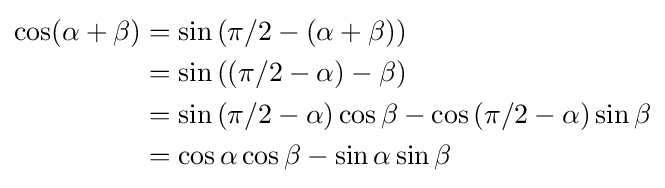
{\begin{aligned}\cos(\alpha +\beta )&=\sin \left(\pi /2-(\alpha +\beta )\right)\\&=\sin \left((\pi /2-\alpha )-\beta \right)\\&=\sin \left(\pi /2-\alpha \right)\cos \beta -\cos \left(\pi /2-\alpha \right)\sin \beta \\&=\cos \alpha \cos \beta -\sin \alpha \sin \beta \\\end{aligned}}